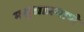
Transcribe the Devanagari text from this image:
मसुद्याप्रमाणे